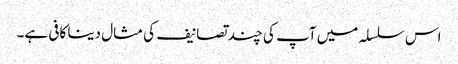
اس سلسلہ میں آپ کی چند تصانیف کی مثال دینا کافی ہے۔